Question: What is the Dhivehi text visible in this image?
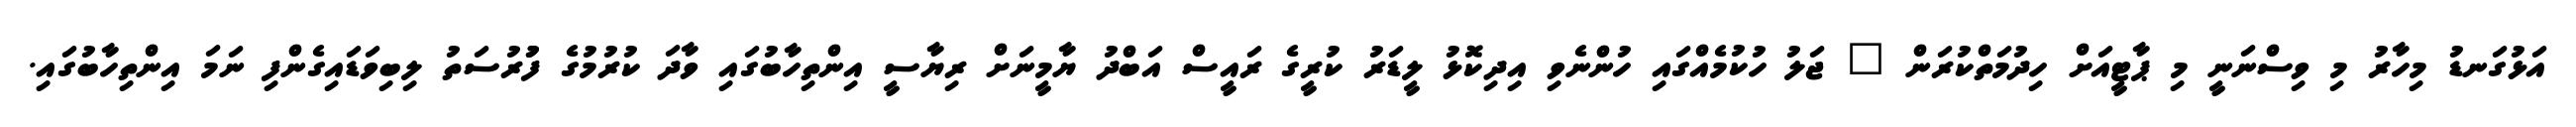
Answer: އަޅުގަނޑު މިހާރު މި ވިސްނަނީ މި ޕާޓީއަށް ހިދުމަތްކުރަން " ޖަލު ހުކުމެއްގައި ހުންނެވި އިދިކޮޅު ލީޑަރު ކުރީގެ ރައީސް އަބްދު ޔާމީނަށް ރިޔާސީ އިންތިހާބުގައި ވާދަ ކުރުމުގެ ފުުރުސަތު ލިބިވަޑައިގެންފި ނަމަ އިންތިހާބުގައި.